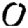
Digit: 0